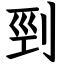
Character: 剄